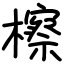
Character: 檫